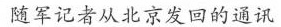
随军记者从北京发回的通讯